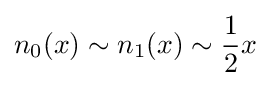
n_{0}(x)\sim n_{1}(x)\sim {\frac {1}{2}}x